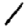
Digit: 1